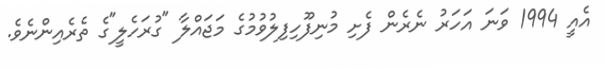
އެއީ 1994 ވަނަ އަހަރު ނެރެން ފެށި މުނިފޫހިފިލުވުމުގެ މަޖައްލާ "ގުރަހެލީ"ގެ ތެރެއިންނެވެ.